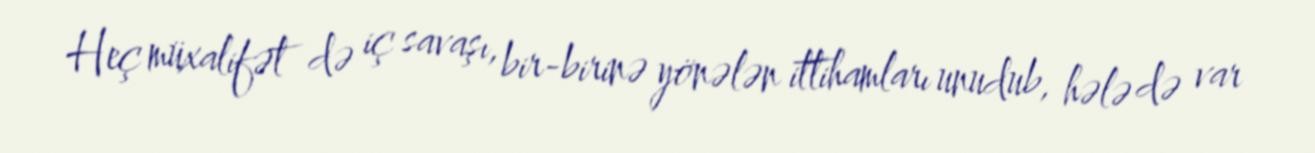
Heç müxalifət də iç savaşı, bir-birinə yönələn ittihamları unudub, hələ də var